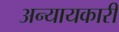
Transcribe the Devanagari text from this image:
अन्यायकारी